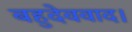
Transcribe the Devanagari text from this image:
बहुदेववाद।